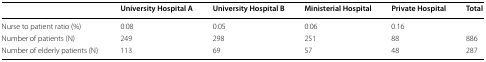
<table><thead><tr><td></td><td><b>University Hospital A</b></td><td><b>University Hospital B</b></td><td><b>Ministerial Hospital</b></td><td><b>Private Hospital</b></td><td><b>Total</b></td></tr></thead><tbody><tr><td>Nurse to patient ratio (%)</td><td>0.08</td><td>0.05</td><td>0.06</td><td>0.16</td><td></td></tr><tr><td>Number of patients (N)</td><td>249</td><td>298</td><td>251</td><td>88</td><td>886</td></tr><tr><td>Number of elderly patients (N)</td><td>113</td><td>69</td><td>57</td><td>48</td><td>287</td></tr></tbody></table>